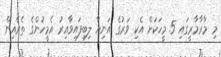
މި މާރާމާރީގައި 5 މީހަކަށް އެކި ވަރުގެ އަނިޔާ ލިބިފައިވާއިރު އެމީހުންގެ ތެރެއިން